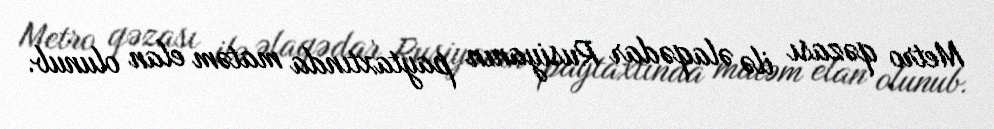
Metro qəzası ilə əlaqədar Rusiyanın paytaxtında matəm elan olunub.